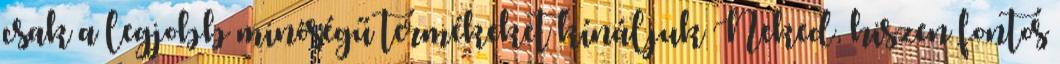
csak a legjobb minőségű termékeket kínáljuk Neked, hiszen fontos